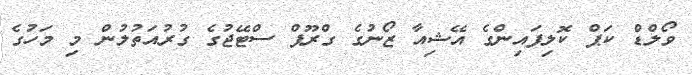
ވޯލްޑް ކަޕް ކޮލިފައިންގެ އޭޝިއާ ޒޯނުގެ ގްރޫޕް ސްޓޭޖުގެ ގުރުއަތުލުން މި މަހުގެ